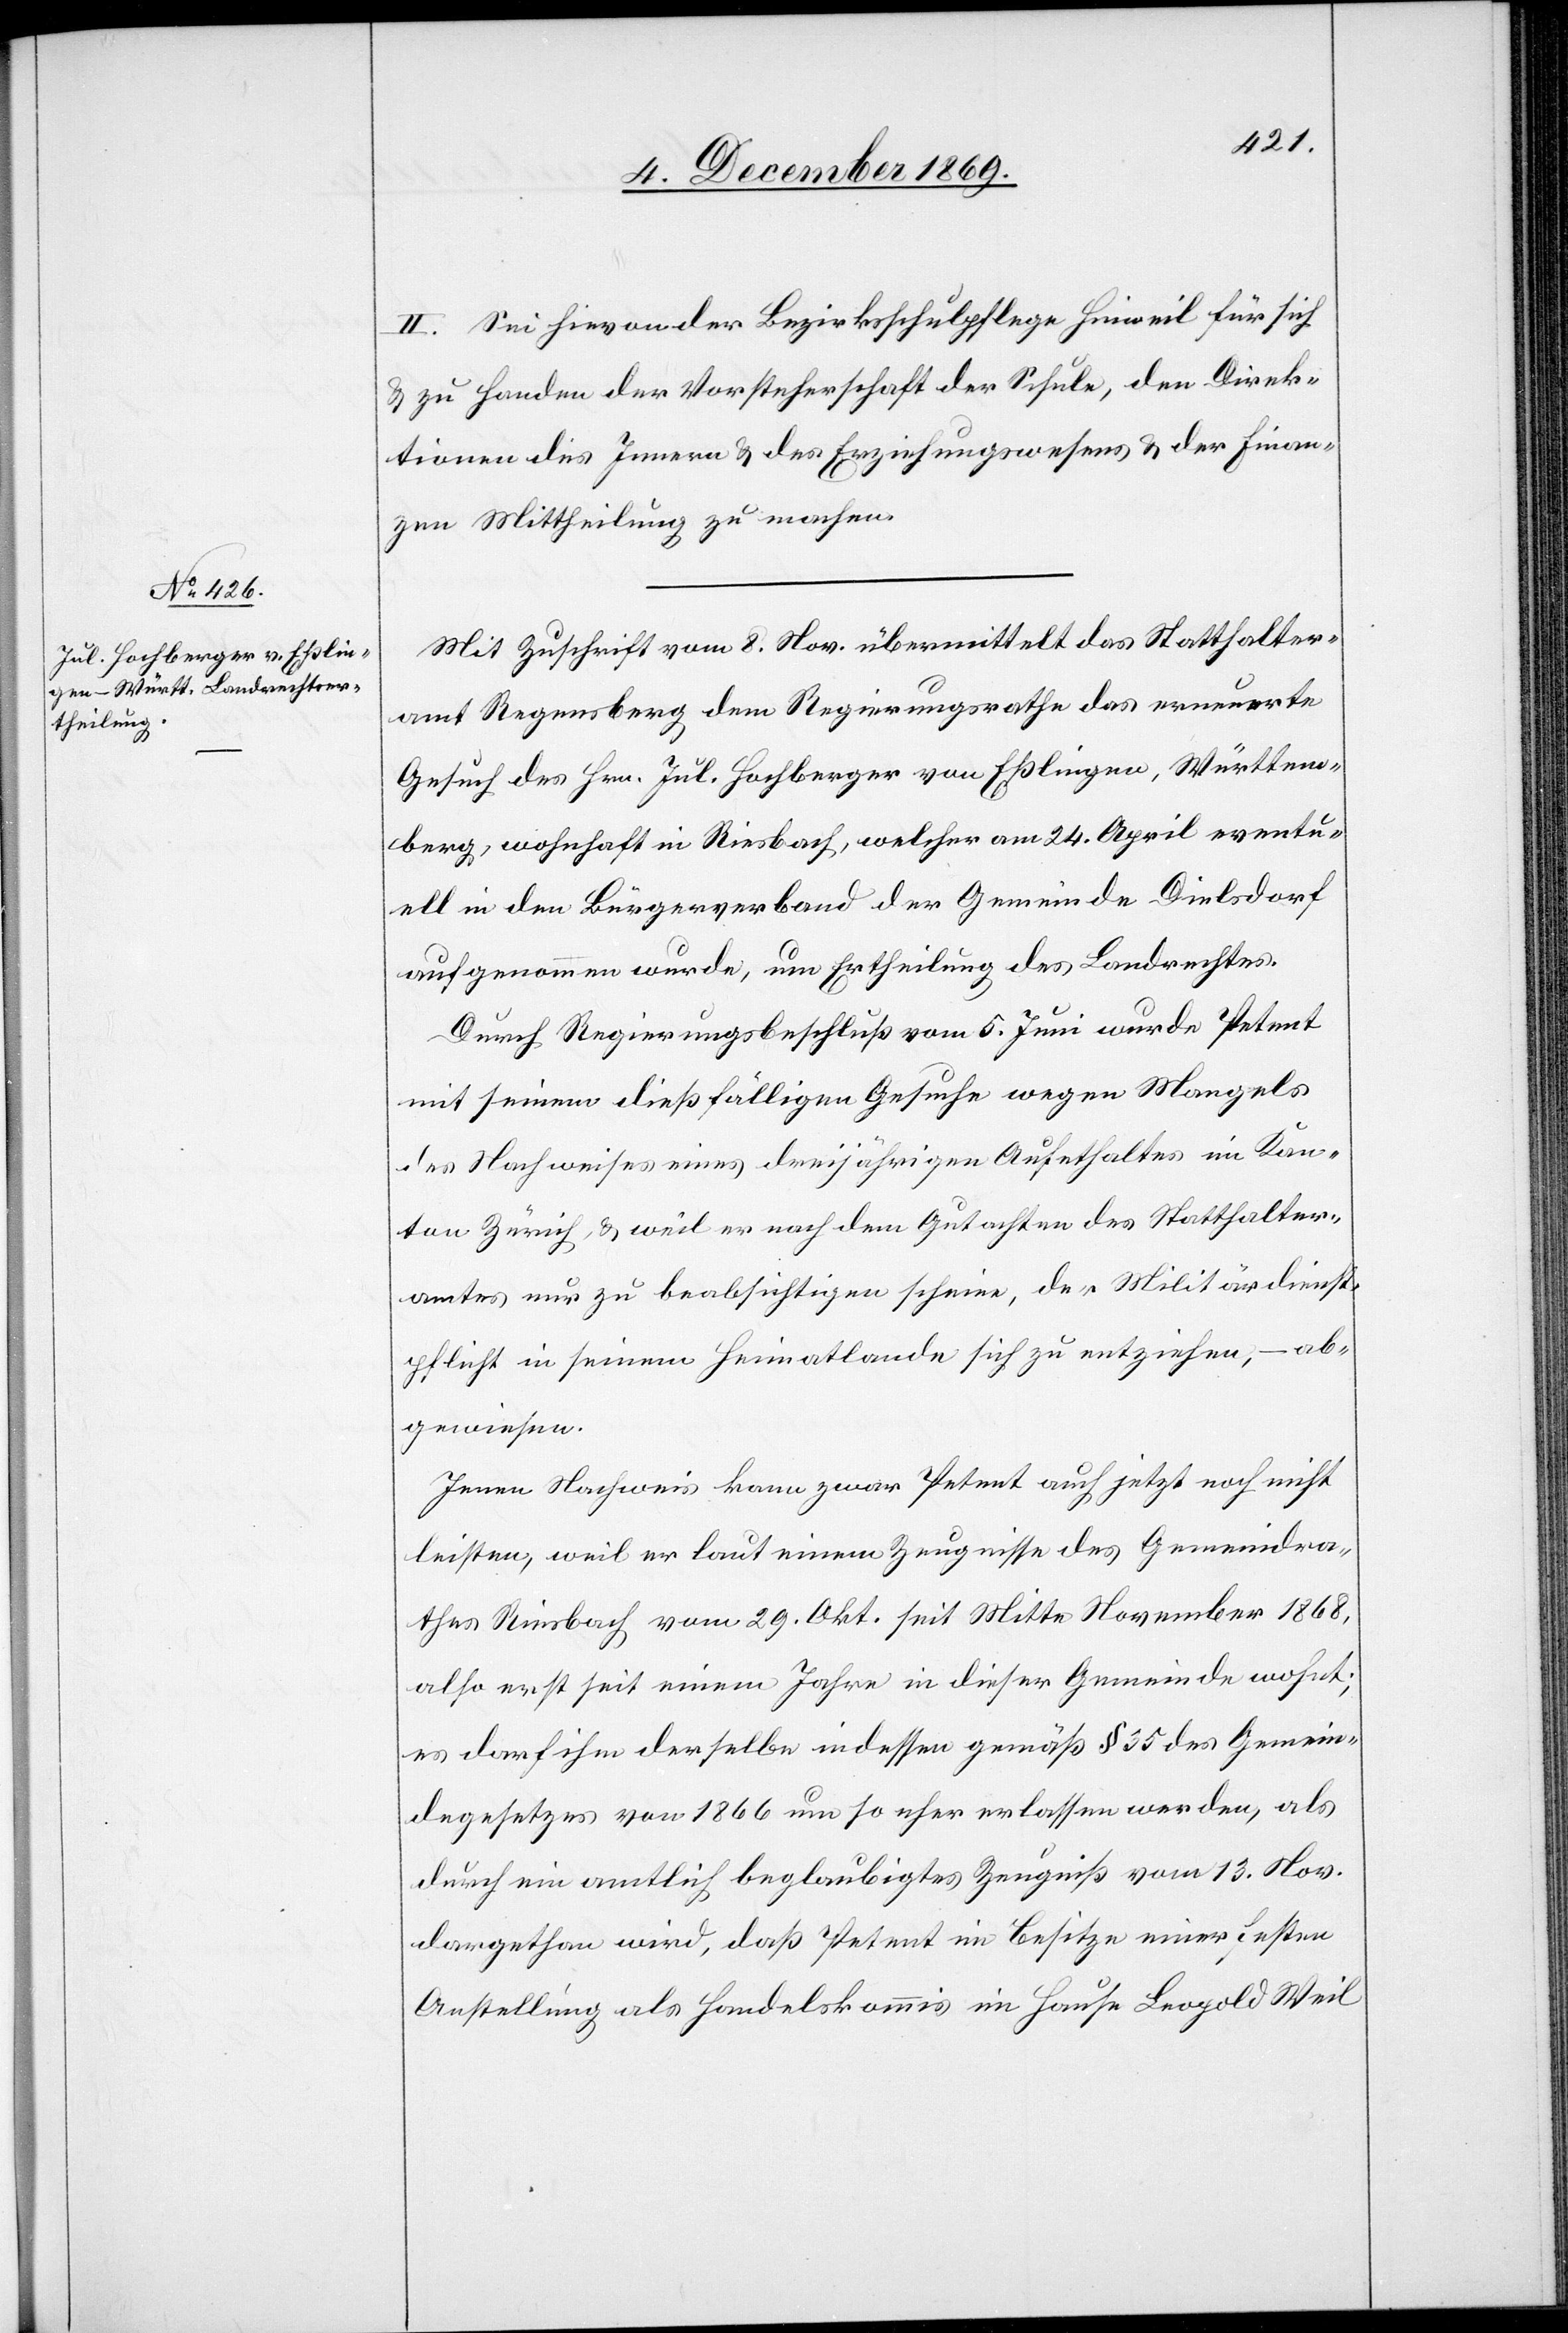
II. Sei hievon der Bezirksschulpflege Hinweil für sich
& zu Handen der Vorsteherschaft der Schule, den Direk¬
tionen des Innern & des Erziehungswesens & der Finan¬
zen Mittheilung zu machen.
Mit Zuschrift vom 8. Nov. übermittelt das Statthalter¬
amt Regensberg dem Regierungsrathe das erneuerte
Gesuch des Hrn. Jul. Hochberger von Eßlingen, Württem¬
berg, wohnhaft in Riesbach, welcher am 24. April eventu¬
ell in den Bürgerverband der Gemeinde Dielsdorf
aufgenommen wurde, um Ertheilung des Landrechtes.
Durch Regierungsbeschluß vom 5. Juni wurde Petent
mit seinem dießfälligen Gesuche wegen Mangels
des Nachweises eines dreijährigen Aufe[n]thaltes im Kan¬
ton Zürich, & weil er nach dem Gutachten des Statthalter¬
amtes nur zu beabsichtigen scheine, der Militärdienst¬
pflicht in seinem Heimatlande sich zu entziehen, – ab¬
gewiesen.
Jenen Nachweis kann zwar Petent auch jetzt noch nicht
leisten, weil er laut einem Zeugnisse des Gemeindra¬
thes Riesbach vom 29. Okt. seit Mitte November 1868,
also erst seit einem Jahre in dieser Gemeinde wohnt;
es darf ihm derselbe indessen gemäß § 35 des Gemein¬
degesetzes von 1866 um so eher erlassen werden, als
durch ein amtlich beglaubigtes Zeugniß vom 13. Nov.
dargethan wird, daß Petent im Besitze einer festen
Anstellung als Handelskommis im Hause Leopold Weil